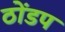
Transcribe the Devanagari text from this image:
ठोंडप